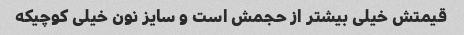
قیمتش خیلی بیشتر از حجمش است و سایز نون خیلی کوچیکه